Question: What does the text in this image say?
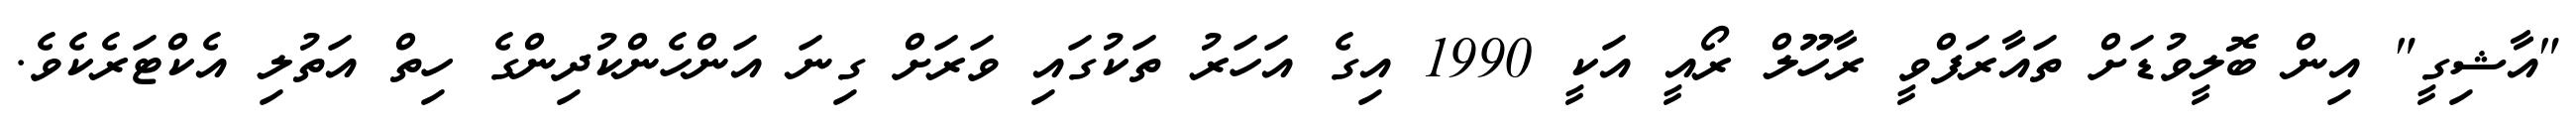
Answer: "އާޝިގީ" އިން ބޮލީވުޑަށް ތައާރަފްވީ ރާހޫލް ރޯއީ އަކީ 1990 އިގެ އަހަރު ތަކުގައި ވަރަށް ގިނަ އަންހެންކުދިންގެ ހިތް އަތުލި އެކްޓަރެކެވެ.